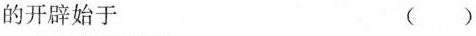
的开辟始于 ()